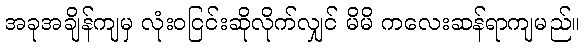
အခုအချိန်ကျမှ လုံးဝငြင်းဆိုလိုက်လျှင် မိမိ ကလေးဆန်ရာကျမည်။